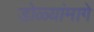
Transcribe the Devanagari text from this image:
डोळ्यांमागे